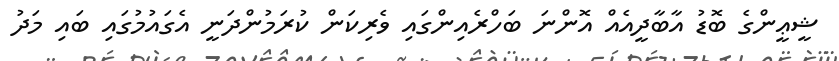
ޝީޢީންގެ ބޮޑު އާބާދީއެއް އޮންނަ ބަހްރެއިންގައި ވެރިކަން ކުރަމުންދަނީ އެގައުމުގައި ބައި މަދު